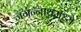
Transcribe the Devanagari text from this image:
जगन्‍नाथमध्ये